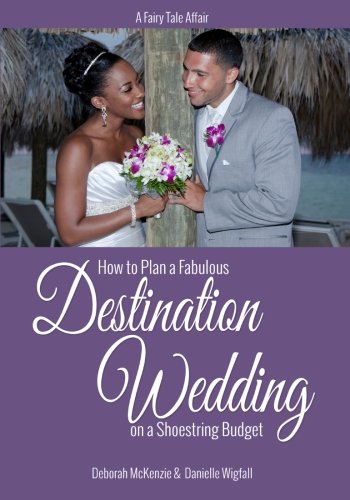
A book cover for A Fairy Tale Affair - How to Plan a Fabulous Destination Wedding on a Shoestring Budget; Deborah McKenzie; Crafts, Hobbies & Home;